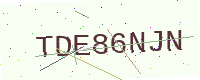
Text: TDE86NJN